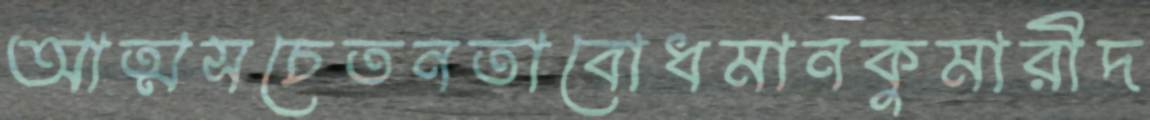
আত্মসচেতনতাবোধমানকুমারীদ